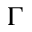
\Gamma